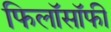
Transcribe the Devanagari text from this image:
फिलाॅसाॅफी